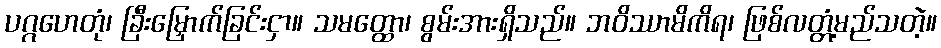
ပဂ္ဂဟေတုံ၊ ခြီးမြှောက်ခြင်းငှာ။ သမတ္ထော၊ စွမ်းအားရှိသည်။ ဘဝိဿာမိကိရ၊ ဖြစ်လတ္တံ့မည်သတဲ့။